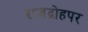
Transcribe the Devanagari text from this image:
राजद्रोहपर